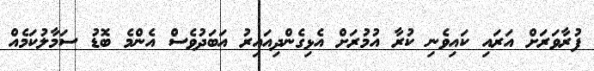
ފުރާވަރަށް އަރައި ކައިވެނި ކުރާ އުމުރަށް އެޅިގެންދިއައިރު އަބަދުވެސް އެންމެ ބޮޑު ސަމާލުކަމެއް